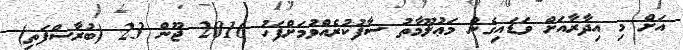
އަށް މި އިދާރާއަށް ވަޑައިގެން މަޢުލޫމާތު ސާފުކުރެއްވުމަށްފަހު 2016 ޖޫން 23 (ބުރާސްފަތި)